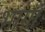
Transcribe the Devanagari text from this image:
भागॉ